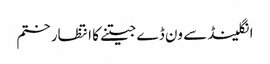
انگلینڈ سے ون ڈے جیتنے کا انتظار ختم